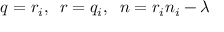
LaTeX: q = r _ { i } , \; \; r = q _ { i } , \; \; n = r _ { i } n _ { i } - \lambda